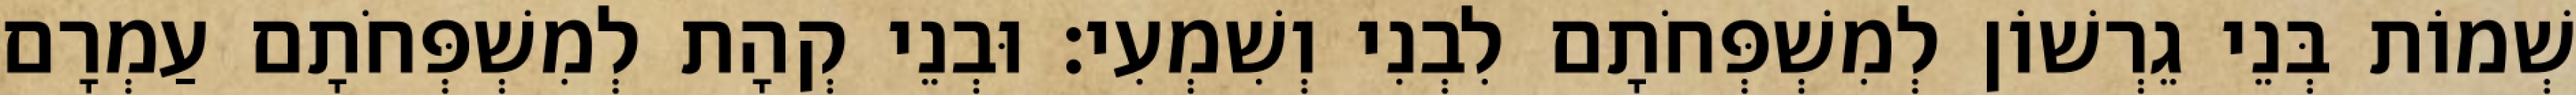
שְׁמוֹת בְּנֵי גֵרְשׁוֹן לְמִשְׁפְּחֹתָם לִבְנִי וְשִׁמְעִי׃ וּבְנֵי קְהָת לְמִשְׁפְּחֹתָם עַמְרָם